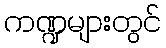
ကဏ္ဍများတွင်